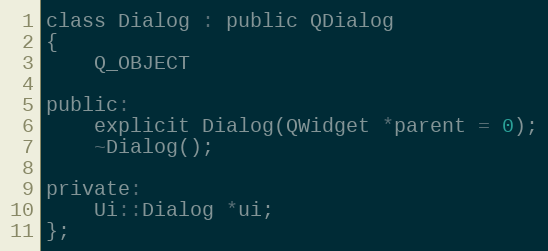
Language: C
class Dialog : public QDialog
{
    Q_OBJECT

public:
    explicit Dialog(QWidget *parent = 0);
    ~Dialog();

private:
    Ui::Dialog *ui;
};